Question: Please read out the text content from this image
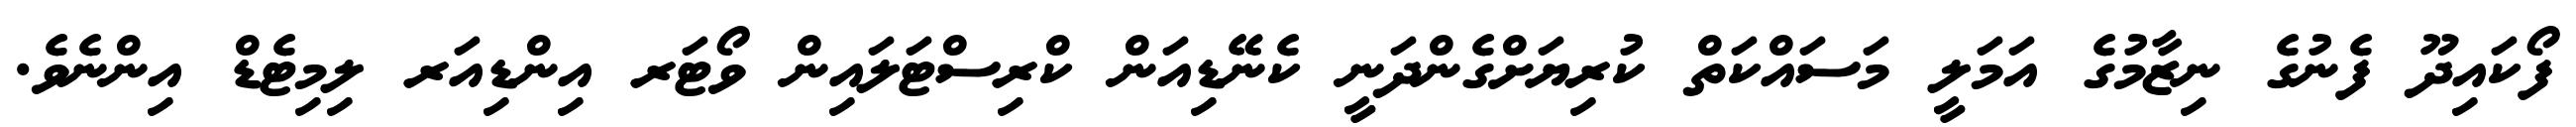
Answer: ފޯކައިދޫ ފެނުގެ ނިޒާމުގެ އަމަލީ މަސައްކަތް ކުރިޔަށްގެންދަނީ ކެނޭޑިއަން ކްރިސްޓަލައިން ވޯޓަރ އިންޑިއަރ ލިމިޓެޑް އިންނެވެ.